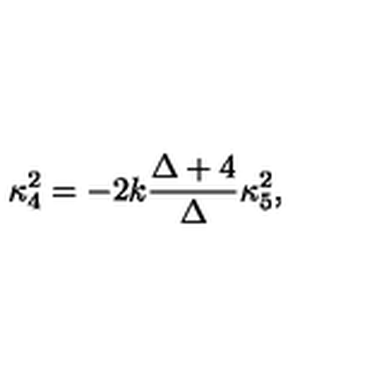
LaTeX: \kappa _ { 4 } ^ { 2 } = - 2 k \frac { \Delta + 4 } { \Delta } \kappa _ { 5 } ^ { 2 } ,